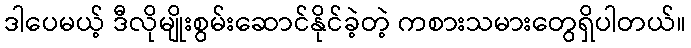
ဒါပေမယ့် ဒီလိုမျိုးစွမ်းဆောင်နိုင်ခဲ့တဲ့ ကစားသမားတွေရှိပါတယ်။